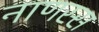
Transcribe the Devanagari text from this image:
नाणस्स